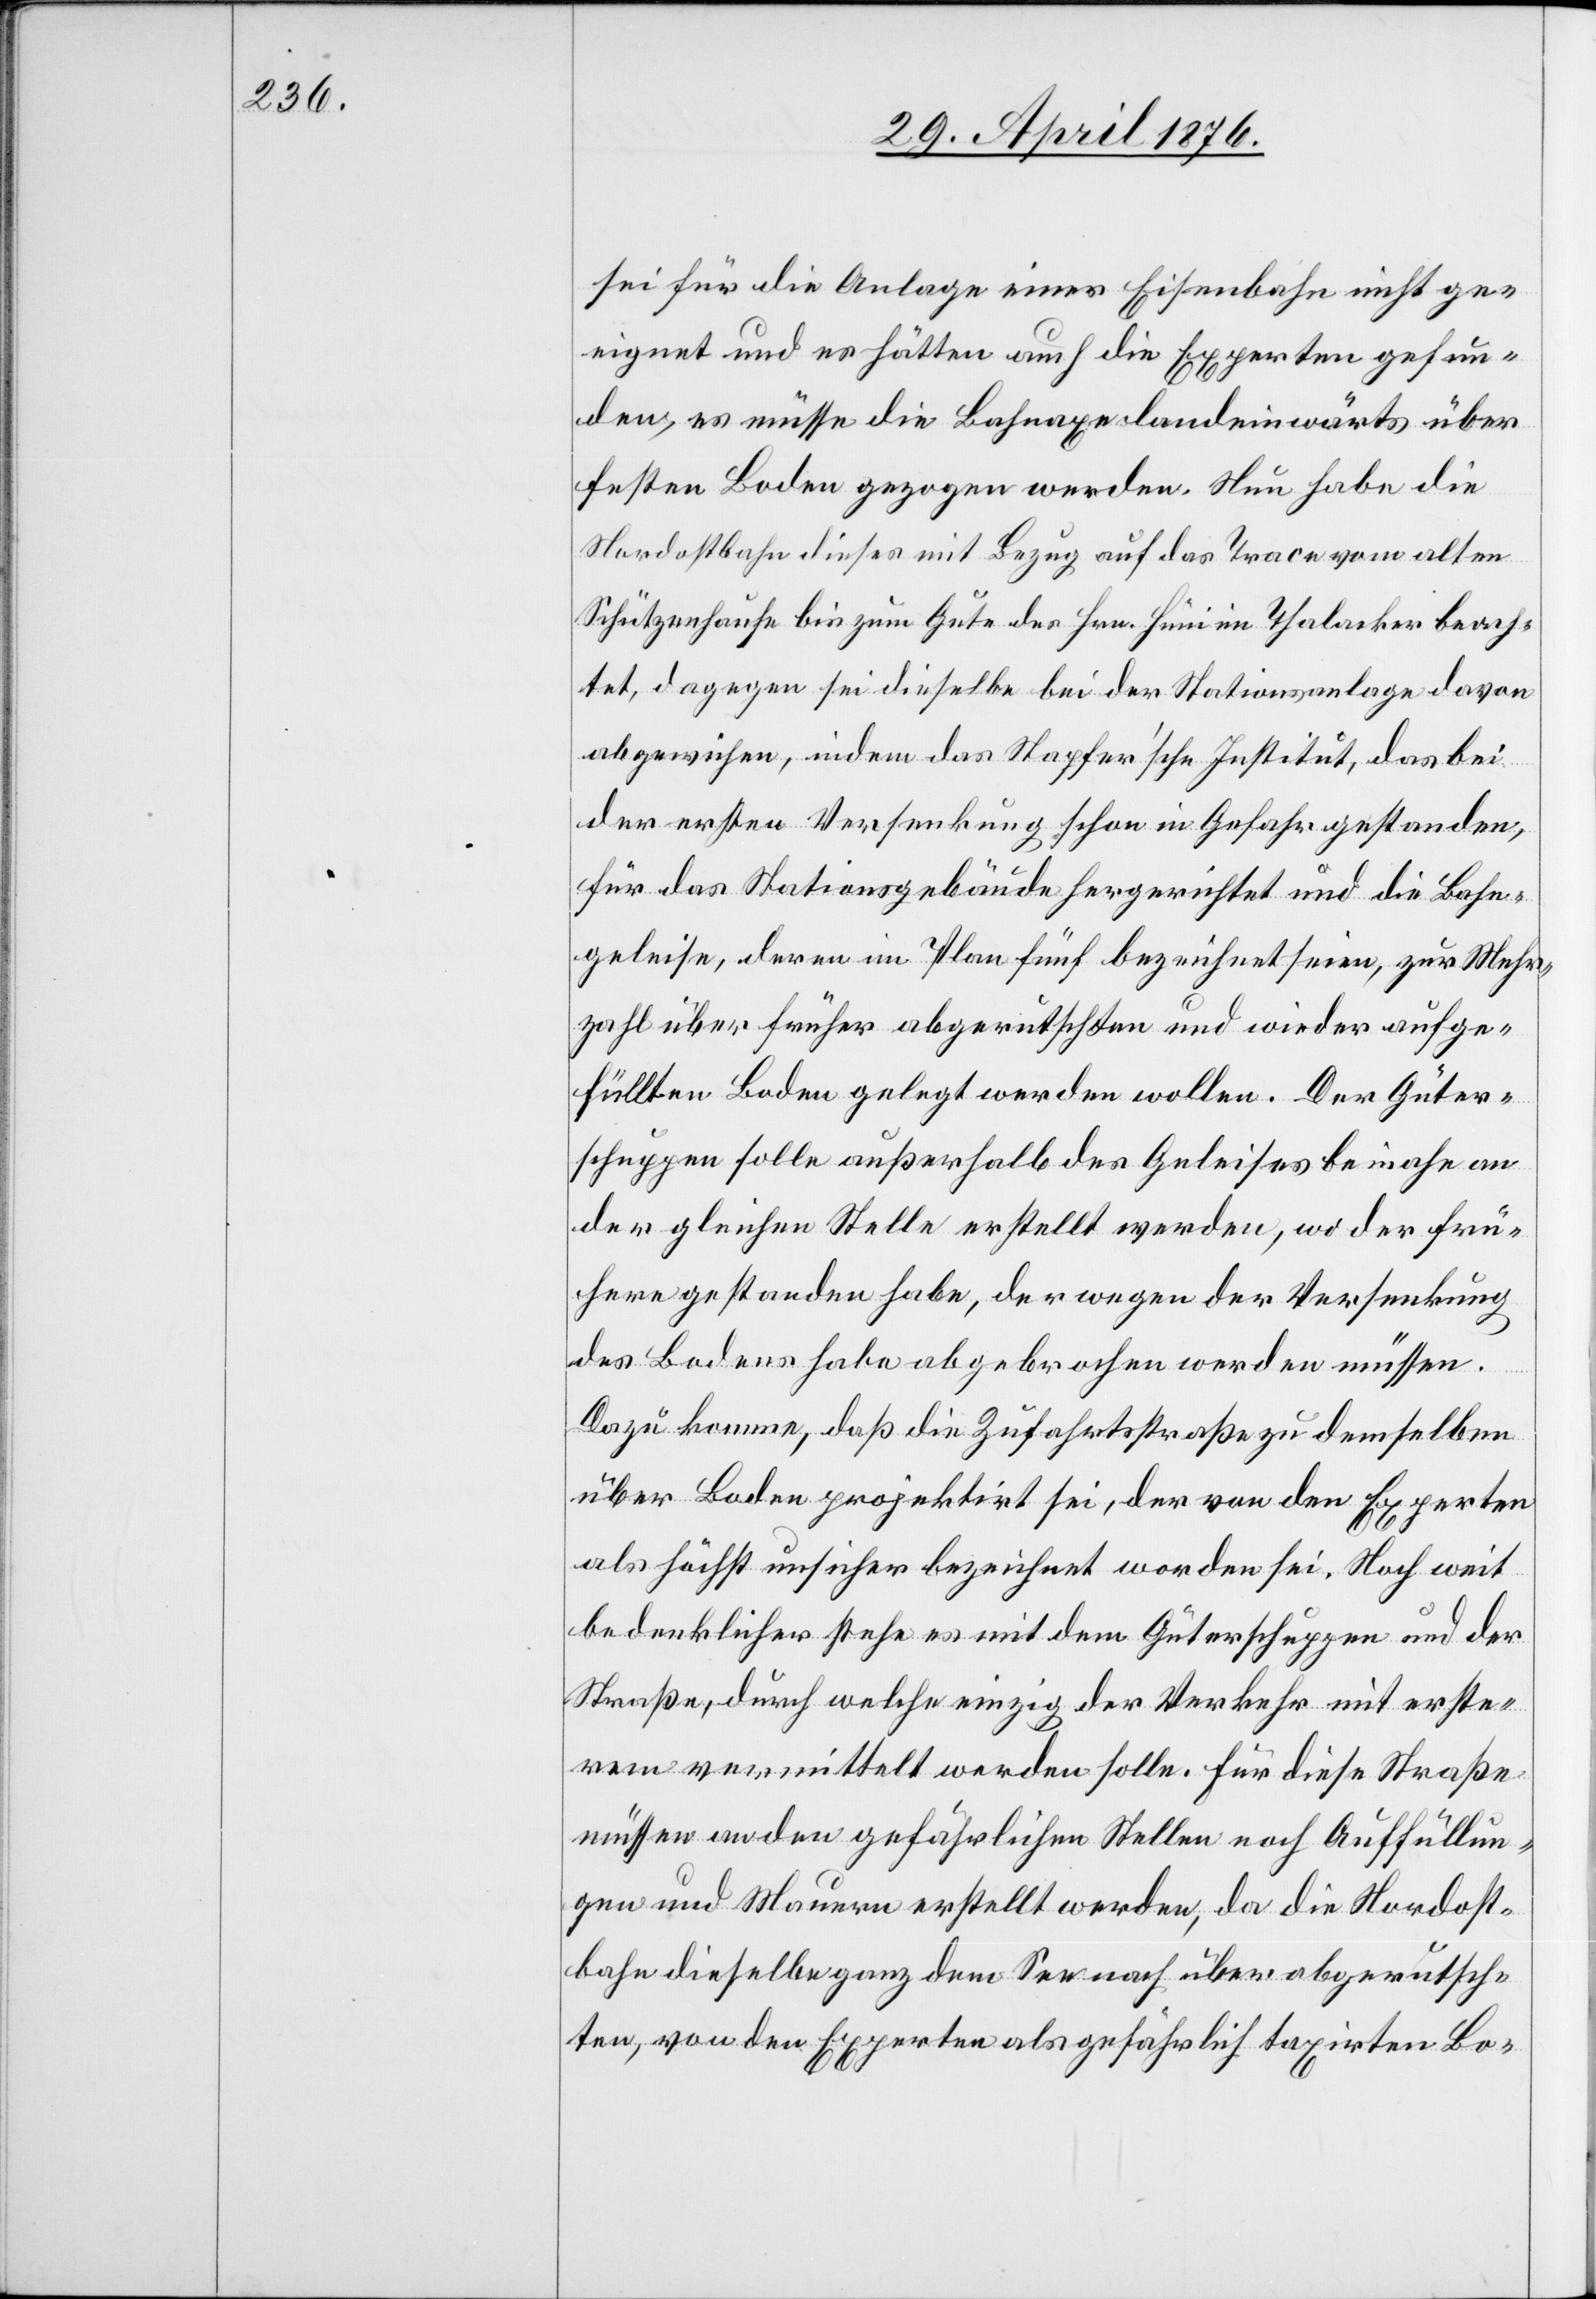
sei für die Anlage einer Eisenbahn nicht ge¬
eignet und es hätten auch die Experten gefun¬
den, es müsse die Bahnaxe landeinwärts über
festen Boden gezogen werden. Nun habe die
Nordostbahn dieses mit Bezug auf das Trace vom alten
Schützenhause bis zum Gute des Hrn. Hüni im Thalacker beach¬
tet, dagegen sei dieselbe bei der Stationsanlage davon
abgewichen, indem das Stapfer’sche Institut, das bei
der ersten Versenkung schon in Gefahr gestanden,
für das Stationsgebäude hergerichtet und die Bahn¬
geleise, deren im Plan fünf bezeichnet seien, zur Mehr¬
zahl über früher abgerutschten und wieder aufge¬
füllten Boden gelegt werden wollen. Der Güter¬
schuppen solle außerhalb des Geleises beinahe an
der gleichen Stelle erstellt werden, wo der frü¬
here gestanden habe, der wegen der Versenkung
des Bodens habe abgebrochen werden müssen.
Dazu komme, daß die Zufahrtsstraße zu demselben
über Boden projektirt sei, der von dem Experten
als höchst unsicher bezeichnet worden sei. Noch weit
bedenklicher stehe es mit dem Güterschuppen und der
Straße, durch welche einzig der Verkehr mit erste¬
rem vermittelt werden solle. Für diese Straße
müssen an den gefährlichen Stellen noch Auffüllun¬
gen und Mauern erstellt werden, da die Nordost¬
bahn dieselbe ganz dem See nach über abgerutsch¬
ten, von den Experten als gefährlich taxirten Bo-